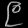
Digit: ၉